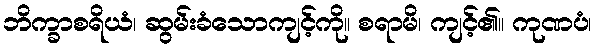
ဘိက္ခာစရိယံ၊ ဆွမ်းခံသောကျင့်ကို။ စရာမိ၊ ကျင့်၏။ ကုဏပံ၊